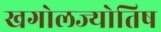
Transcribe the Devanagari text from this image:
खगोलज्योतिष